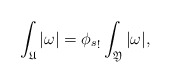
\begin{align*}\int_{\mathfrak U}|\omega| = {\phi_s}_!\int_{\mathfrak Y}|\omega|,\end{align*}